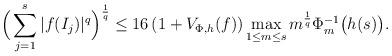
LaTeX: \begin{align*}\Big(\sum_{j=1}^s |f(I_j)|^q\Big)^{\frac1{q}}\leq 16\left(1+V_{\Phi,h}(f)\right)\max_{1\leq m\leq s} m^{\frac1{q}}\Phi_m^{-1}\big(h(s)\big).\end{align*}